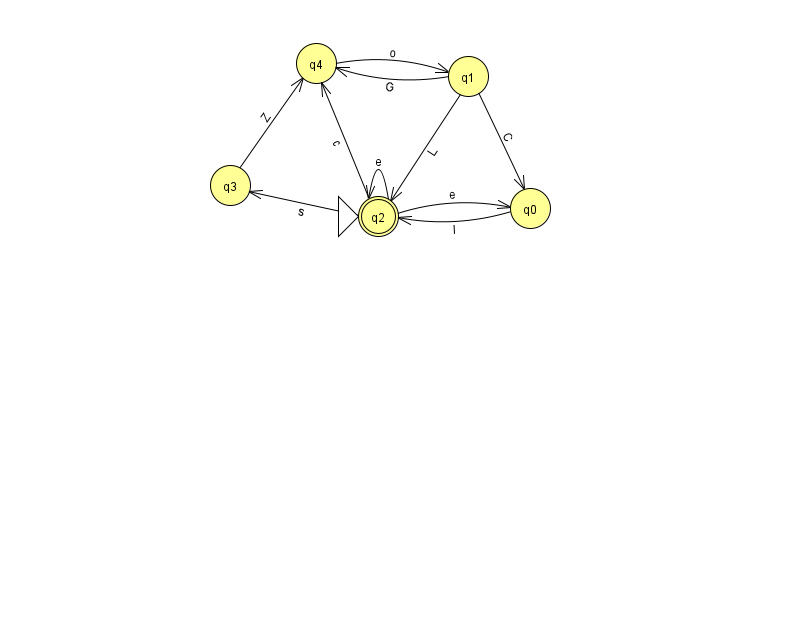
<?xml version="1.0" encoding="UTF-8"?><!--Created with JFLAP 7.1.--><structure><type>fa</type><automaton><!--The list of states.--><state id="0" name="q0"><x>530.0</x><y>195.0</y></state><state id="1" name="q1"><x>468.0</x><y>63.0</y></state><state id="2" name="q2"><x>378.0</x><y>203.0</y><initial/><final/></state><state id="3" name="q3"><x>230.0</x><y>172.0</y></state><state id="4" name="q4"><x>316.0</x><y>50.0</y></state><!--The list of transitions.--><transition><from>1</from><to>0</to><read>C</read></transition><transition><from>1</from><to>4</to><read>G</read></transition><transition><from>2</from><to>3</to><read>s</read></transition><transition><from>2</from><to>0</to><read>e</read></transition><transition><from>2</from><to>2</to><read>e</read></transition><transition><from>2</from><to>4</to><read>c</read></transition><transition><from>0</from><to>2</to><read>I</read></transition><transition><from>4</from><to>1</to><read>o</read></transition><transition><from>3</from><to>4</to><read>Z</read></transition><transition><from>1</from><to>2</to><read>L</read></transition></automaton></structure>